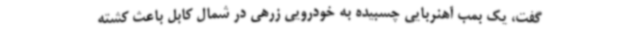
گفت، یک بمب آهنربایی چسبیده به خودرویی زرهی در شمال کابل باعث کشته